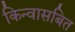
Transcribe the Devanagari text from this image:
किन्वासबित